Statistical return of the lunatic asylum in Assam - 1912-1932
Year: 1912
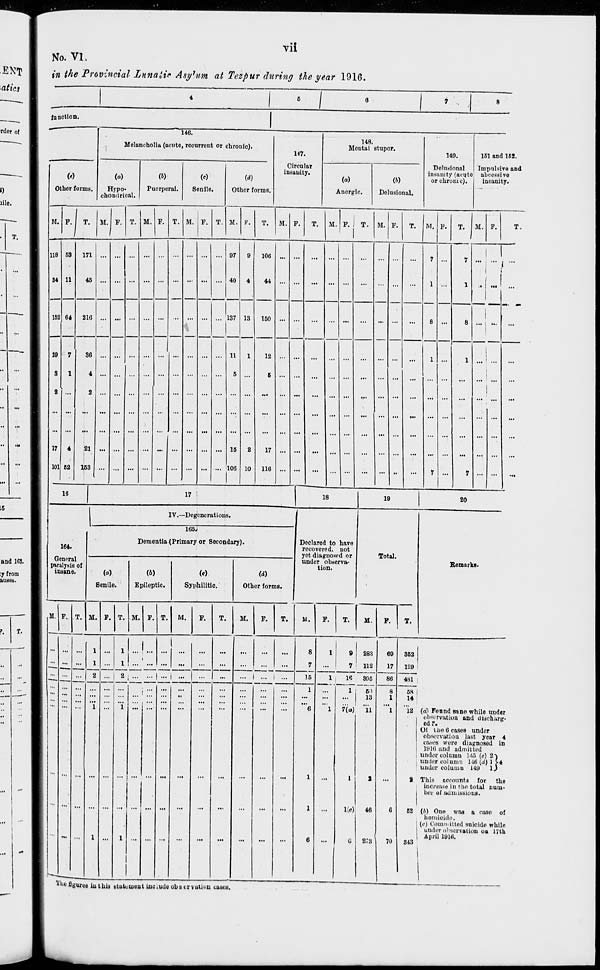
vii
No. VI,
in the Provincial Luna lie Asylum at Tezpur during the year 1916.
function.
w
Other forms.
146.
Melancholia (acute, recurrent or chronic).
(»)
Hypo-
chondrical.
Puerperal.
Senile.
M.
118
34
P. I T. M.
I
I
T. M.
T. M. P.
(A)
Other forms.
147.
Circular
insanity.
149.
Mental stupor.
(«)
Anergic.
Delusional.
149.
Delusional
Insanity (acute
or chronic).
161 and 162.
Impulsive and
ahcessive
insanity.
M.
T.
M.
T.
II. P. I T. M.
M.
152
17
101
68
11
64
171
45
216
36
4
2
r
163
I
97
40
137
106
44
18
111 1
5
15
106
150
12
6
17
116
P. T. M.
... j ... .
16
17
18
19
20
IV.—Degenerations.
164.
Genpral
paralysis of
insane.
M. F.
165J
Dementia (Primary or Secondary).
(a)
Senile.
(6)
Epileptic.
(«)
Syphilitic.
Other forms.
Declared to have
recovered, not
yet diagnosed or
under observa-
tion.
Total.
M. P.
M.
T.
M.
T.
M.
T.
M.
M.
T.
-111.
... 1
1
2
...
"i
I
...
1
1 ! ...
I
Remarks.
8
7
15
1
283
112
18
1
305
13
7(a) "U
K«)i 46
278
69
17
86
8
1
362
129
481
68
14
12 (a'l Found sane while under
observation and discharg-
ed ?.
Ot liie 6 cases under
observation last year 4
cases were diagnosed in
1916 and admitted
under column 146 (e) 2"}
under oolamn H6 (d) l ?4
under column 149 ■ fr
70
This accounts for tho
increase in the total num-
ber of adw iSMcliH.
62 (■'•) One was a case of
homicide,
(e) ConiU'itted suicide while
under ol'scrvation on 17th
April 1916.
343
The figures inthis btutomeut ine.udo observation cases.